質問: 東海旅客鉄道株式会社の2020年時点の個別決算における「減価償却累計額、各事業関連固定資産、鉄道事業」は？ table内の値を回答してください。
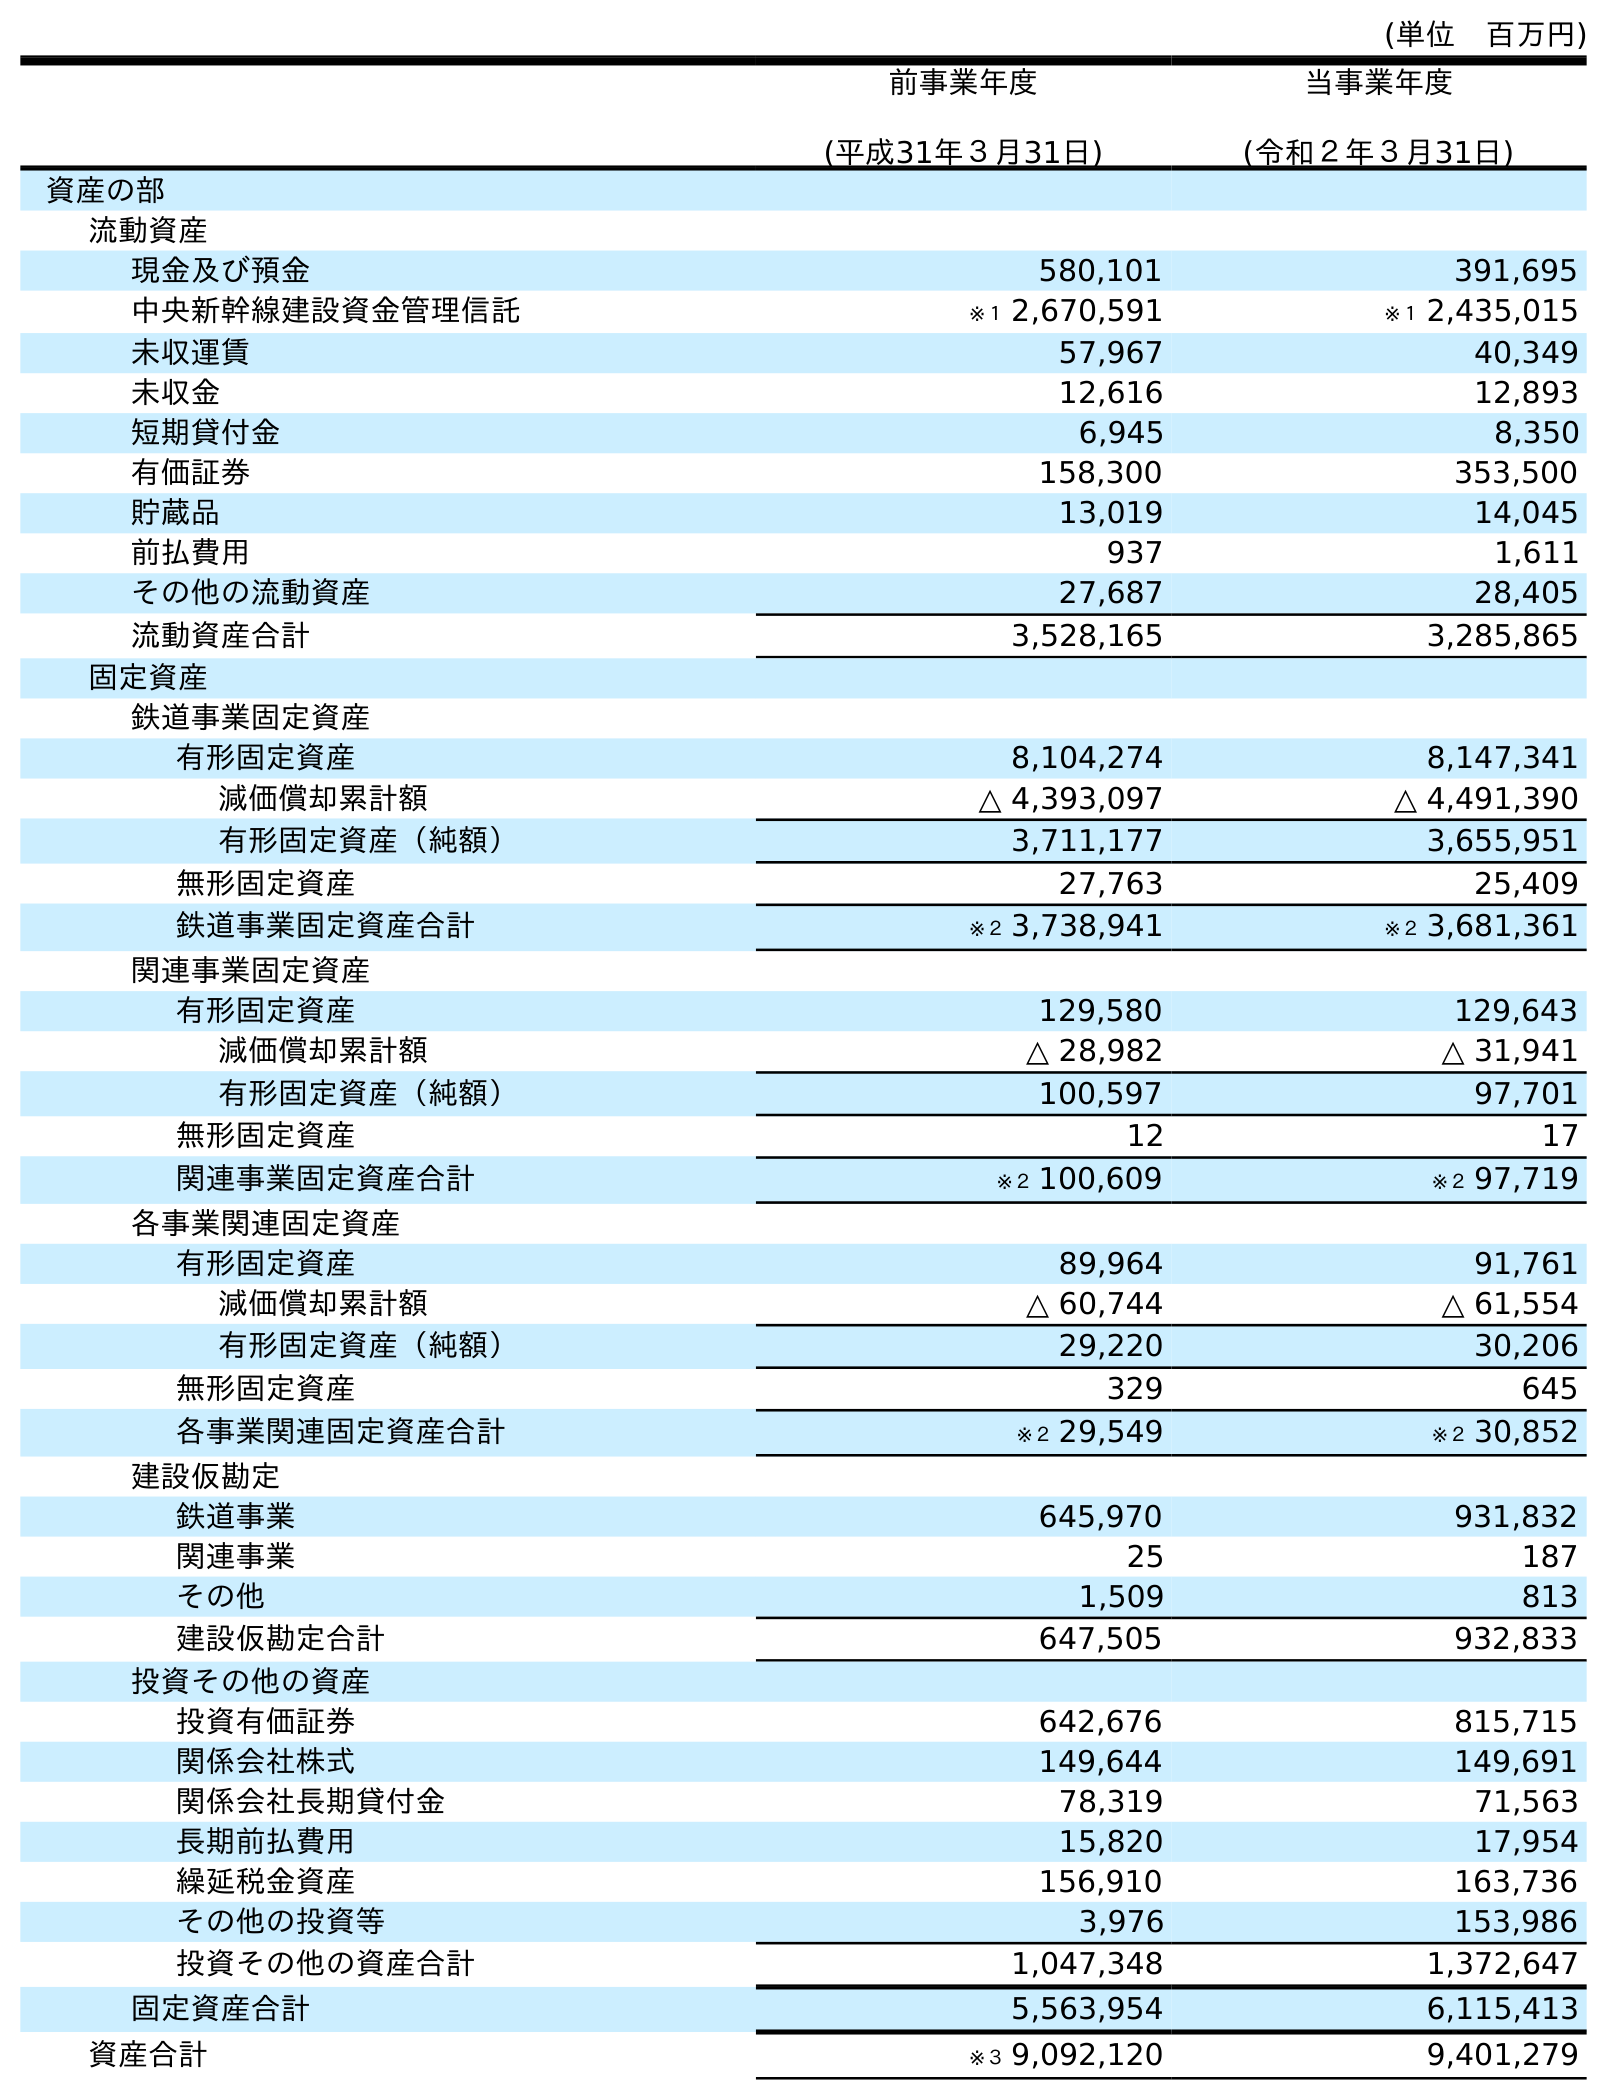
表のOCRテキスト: (単位 百万円) 前事業年度 (平成31年３月31日) 当事業年度 (令和２年３月31日) 資産の部 流動資産 現金及び預金 580,101 391,695 中央新幹線建設資金管理信託 ※１ 2,670,591 ※１ 2,435,015 未収運賃 57,967 40,349 未収金 12,616 12,893 短期貸付金 6,945 8,350 有価証券 158,300 353,500 貯蔵品 13,019 14,045 前払費用 937 1,611 その他の流動資産 27,687 28,405 流動資産合計 3,528,165 3,285,865 固定資産 鉄道事業固定資産 有形固定資産 8,104,274 8,147,341 減価償却累計額 △ 4,393,097 △ 4,491,390 有形固定資産（純額） 3,711,177 3,655,951 無形固定資産 27,763 25,409 鉄道事業固定資産合計 ※２ 3,738,941 ※２ 3,681,361 関連事業固定資産 有形固定資産 129,580 129,643 減価償却累計額 △ 28,982 △ 31,941 有形固定資産（純額） 100,597 97,701 無形固定資産 12 17 関連事業固定資産合計 ※２ 100,609 ※２ 97,719 各事業関連固定資産 有形固定資産 89,964 91,761 減価償却累計額 △ 60,744 △ 61,554 有形固定資産（純額） 29,220 30,206 無形固定資産 329 645 各事業関連固定資産合計 ※２ 29,549 ※２ 30,852 建設仮勘定 鉄道事業 645,970 931,832 関連事業 25 187 その他 1,509 813 建設仮勘定合計 647,505 932,833 投資その他の資産 投資有価証券 642,676 815,715 関係会社株式 149,644 149,691 関係会社長期貸付金 78,319 71,563 長期前払費用 15,820 17,954 繰延税金資産 156,910 163,736 その他の投資等 3,976 153,986 投資その他の資産合計 1,047,348 1,372,647 固定資産合計 5,563,954 6,115,413 資産合計 ※３ 9,092,120 9,401,279
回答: △61,554